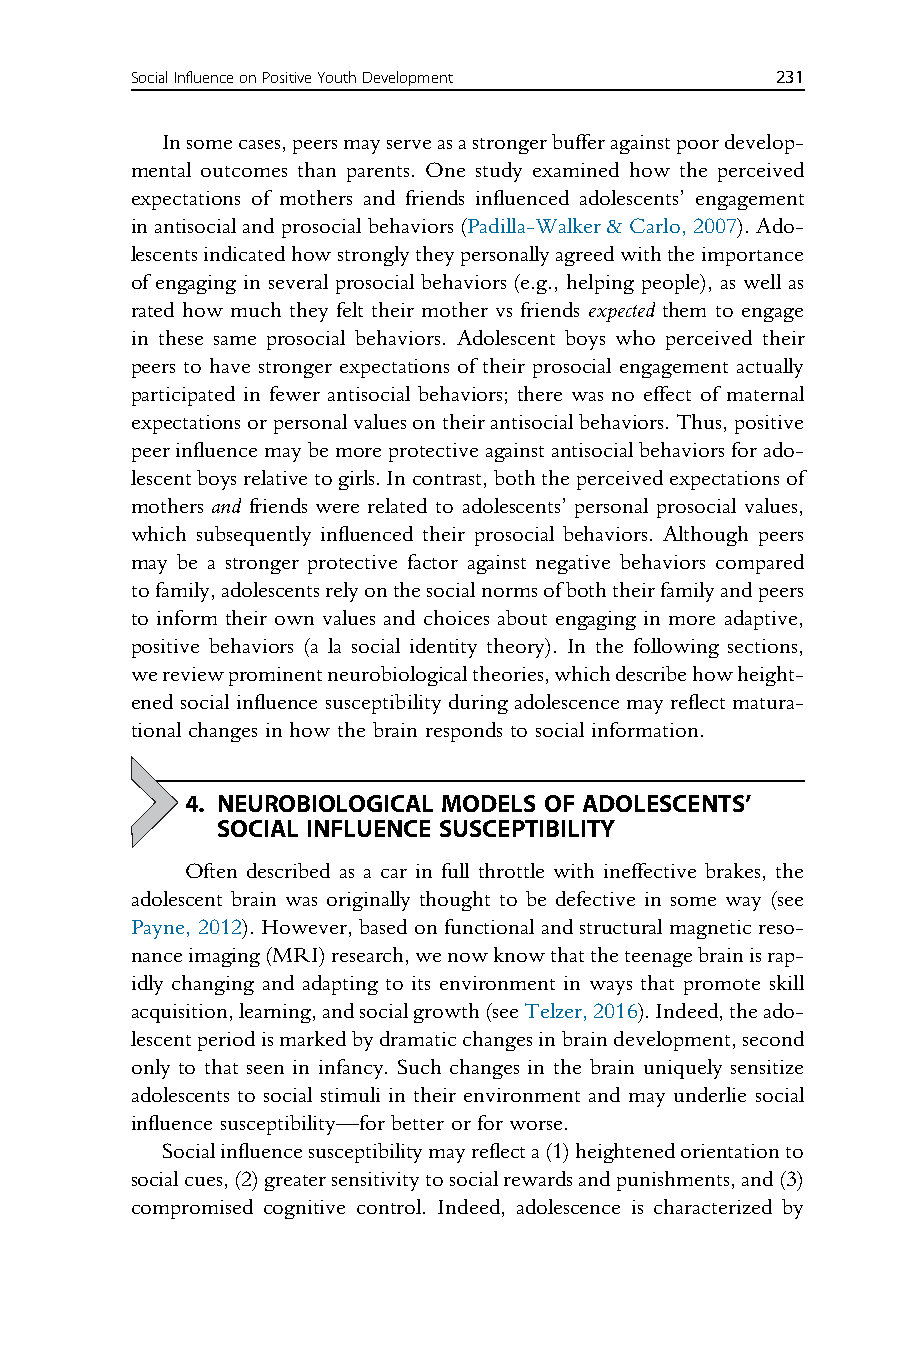
SocialInfluenceonPositiveYouthDevelopment 231
 Insomecases,peersmayserveasastrongerbufferagainstpoordevelop-
 mental outcomes than parents. One study examined how the perceived
 expectations of mothers and friends influenced adolescents’ engagement
 inantisocialandprosocialbehaviors(Padilla-Walker&Carlo,2007).Ado-
 lescentsindicatedhowstronglytheypersonallyagreedwiththeimportance
 of engaging in several prosocial behaviors (e.g., helping people), as well as
 rated how much they felt their mother vs friends expected them to engage
 in these same prosocial behaviors. Adolescent boys who perceived their
 peers to have stronger expectations of their prosocial engagement actually
 participated in fewer antisocial behaviors; there was no effect of maternal
 expectationsorpersonalvaluesontheirantisocialbehaviors.Thus,positive
 peerinfluencemaybemoreprotectiveagainstantisocialbehaviorsforado-
 lescentboysrelativetogirls.Incontrast,boththeperceivedexpectationsof
 mothers and friends were related to adolescents’ personal prosocial values,
 which subsequently influenced their prosocial behaviors. Although peers
 may be a stronger protective factor against negative behaviors compared
 tofamily,adolescentsrelyonthesocialnormsofboththeirfamilyandpeers
 to inform their own values and choices about engaging in more adaptive,
 positive behaviors (a la social identity theory). In the following sections,
 wereviewprominentneurobiologicaltheories,whichdescribehowheight-
 ened social influence susceptibility during adolescence may reflect matura-
 tional changes in how the brain responds to social information.
 4. NEUROBIOLOGICAL MODELS OF ADOLESCENTS’
 SOCIAL INFLUENCE SUSCEPTIBILITY
 Often described as a car in full throttle with ineffective brakes, the
 adolescent brain was originally thought to be defective in some way (see
 Payne, 2012). However, based on functional and structural magnetic reso-
 nanceimaging(MRI)research,wenowknowthattheteenagebrainisrap-
 idly changing and adapting to its environment in ways that promote skill
 acquisition,learning,andsocialgrowth(seeTelzer,2016).Indeed,theado-
 lescentperiodismarkedbydramaticchangesinbraindevelopment,second
 only to that seen in infancy. Such changes in the brain uniquely sensitize
 adolescents to social stimuli in their environment and may underlie social
 influence susceptibility—for better or for worse.
 Socialinfluencesusceptibilitymayreflecta(1)heightenedorientationto
 socialcues,(2)greatersensitivitytosocialrewardsandpunishments,and(3)
 compromised cognitive control. Indeed, adolescence is characterized by